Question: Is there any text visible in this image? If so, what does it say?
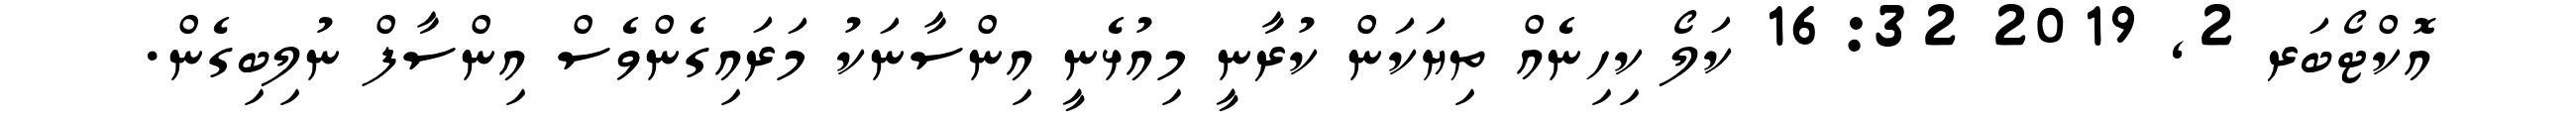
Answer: އޮކްޓޯބަރ 2, 2019 16:32 ކަލޯ ކިހިނެއް ތިޔަކަން ކުރާނީ މިއުޅެނީ އިންސާނަކު މަރައިގެންވެސް އިންސާފް ނުލިބިގެން.